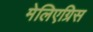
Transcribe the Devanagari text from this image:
मेलिएग्रिस